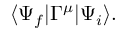
\langle \Psi _ { f } | \Gamma ^ { \mu } | \Psi _ { i } \rangle .